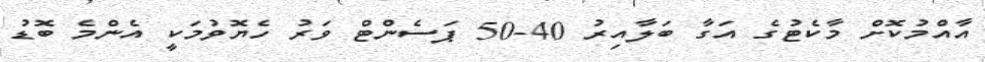
އާއްމުކޮށް މާކެޓުގެ އަގާ ބަލާއިރު 40-50 ޕަސެންޓް ވަރު ހެޔޮވުމަކީ އެންމެ ބޮޑު